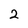
Character: 2